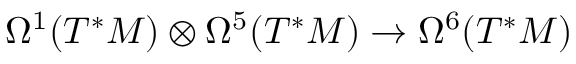
\Omega ^ { 1 } ( T ^ { * } M ) \otimes \Omega ^ { 5 } ( T ^ { * } M ) \rightarrow \Omega ^ { 6 } ( T ^ { * } M )